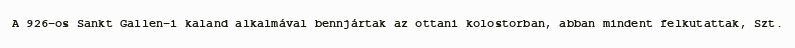
A 926-os Sankt Gallen-i kaland alkalmával bennjártak az ottani kolostorban, abban mindent felkutattak, Szt.